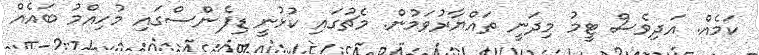
ކަމެއް. އަދިވެސް ޓީމު މިދަނީ ތައްޔާރުވަމުން. މެޗުގައި ކުޅުނީ ޑިފެންސްގައި މުހިއްމު ބައެއް